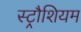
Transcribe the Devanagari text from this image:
स्ट्रौशियम